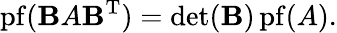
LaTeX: \operatorname{pf}(\mathbf{B}A\mathbf{B}^{\mathrm{{T}}})=\operatorname*{det}(\mathbf{B})\operatorname{pf}(A).